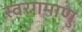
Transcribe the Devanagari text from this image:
स्वरगमाणु